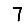
Digit: 7